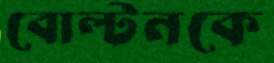
বোল্টনকে